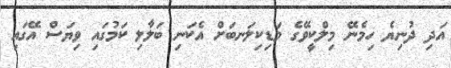
އަދި ދުނިޔެ ހިމެނޭ މިލްކީވޭގެ މަޑިކިލަނބަށް އެކަނި ބަލާލި ކަމުގައި ވިޔަސް އޭގައި